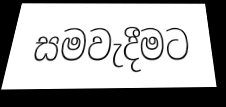
සමවැදීමට